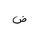
Letter: _dad